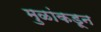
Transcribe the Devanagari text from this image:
मुळांकडून